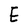
Character: E